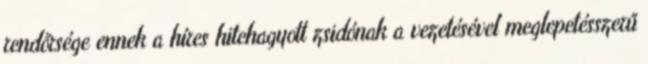
rendőrsége ennek a híres hitehagyott zsidónak a vezetésével meglepetésszerű